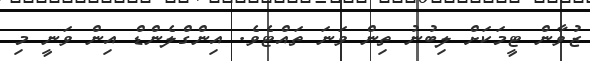
ޒުވާން ޓީމަކަށް ލިބުނު ތިން ވަނަ ތައްޓެވެ. އިންގްލެންޑް އިން ވަނީ މި